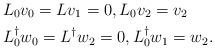
LaTeX: \begin{align*}&L_0v_0=Lv_1=0,L_0v_2=v_2\\&L_0^\dag w_0=L^\dag w_2=0,L_0^\dag w_1=w_2.\end{align*}